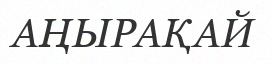
АҢЫРАҚАЙ